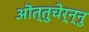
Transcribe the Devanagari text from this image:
ऒत्तुचेर्न्नु